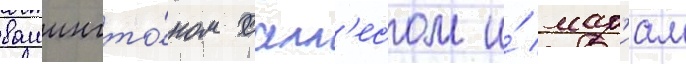
вашингто́ном салл'есом и́ мар'иам